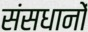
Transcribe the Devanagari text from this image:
संसधानों